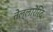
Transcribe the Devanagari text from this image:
तेल्लारेंरिद